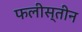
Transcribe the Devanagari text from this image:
फलीस्‍तीन